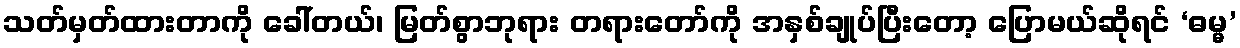
သတ်မှတ်ထားတာကို ခေါ်တယ်၊ မြတ်စွာဘုရား တရားတော်ကို အနှစ်ချုပ်ပြီးတော့ ပြောမယ်ဆိုရင် ‘ဓမ္မ’